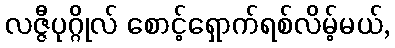
လဇ္ဇီပုဂ္ဂိုလ် စောင့်ရှောက်ရစ်လိမ့်မယ်,